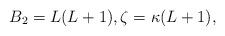
LaTeX: \begin{align*} B_2 = L(L+1), \zeta = \kappa(L+1),\end{align*}